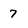
Character: 7